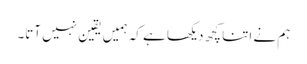
ہم نے اتنا کچھ دیکھا ہے کہ ہمیں یقین نہیں آتا۔